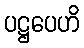
ပဋ္ဌပေဟိ